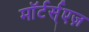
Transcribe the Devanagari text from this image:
माॅर्टर्स्एज़